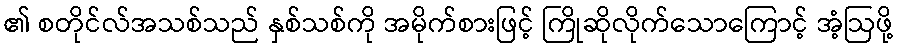
၏ စတိုင်လ်အသစ်သည် နှစ်သစ်ကို အမိုက်စားဖြင့် ကြိုဆိုလိုက်သောကြောင့် အံ့ဩဖို့